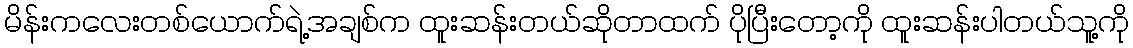
မိန်းကလေးတစ်ယောက်ရဲ့အချစ်က ထူးဆန်းတယ်ဆိုတာထက် ပိုပြီးတော့ကို ထူးဆန်းပါတယ်သူ့ကို